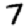
Digit: 7